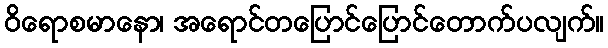
ဝိရောစမာနော၊ အရောင်တပြောင်ပြောင်တောက်ပလျက်။